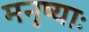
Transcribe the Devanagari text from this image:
मनुष्याः